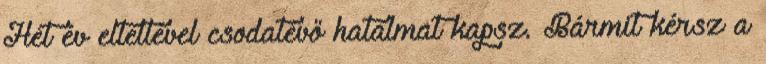
Hét év elteltével csodatévő hatalmat kapsz. Bármit kérsz a